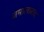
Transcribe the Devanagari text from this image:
जमालाबाद